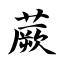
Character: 蕨